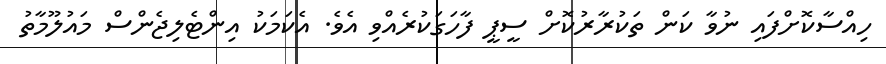
ހިއްސާކޮށްފައި ނުވާ ކަން ތަކުރާރުކޮށް ސީޕީ ފާހަގަކުރެއްވި އެވެ. އެކަމަކު އިންޓެލިޖެންސް މައުލޫމާތު